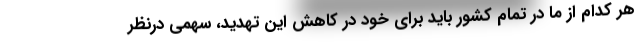
هر کدام از ما در تمام کشور باید برای خود در کاهش این تهدید، سهمی درنظر